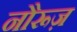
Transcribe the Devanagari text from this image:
नौरूज़